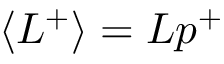
\langle L ^ { + } \rangle = L p ^ { + }